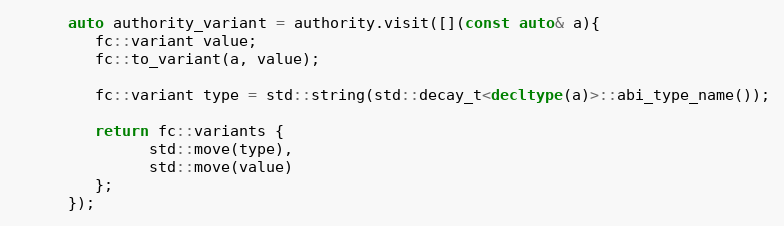
Language: C++
      auto authority_variant = authority.visit([](const auto& a){
         fc::variant value;
         fc::to_variant(a, value);

         fc::variant type = std::string(std::decay_t<decltype(a)>::abi_type_name());

         return fc::variants {
               std::move(type),
               std::move(value)
         };
      });